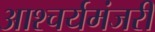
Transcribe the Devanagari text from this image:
आश्चर्यमंजरी